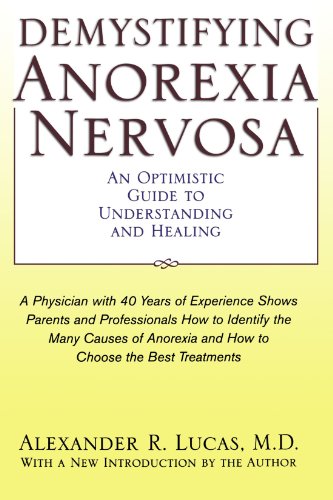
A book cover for Demystifying Anorexia Nervosa: An Optimistic Guide to Understanding and Healing (Developmental Perspectives in Psychiatry); Alexander R Lucas; Health, Fitness & Dieting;